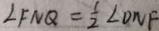
\angle F N Q = \frac { 1 } { 2 } \angle D N F